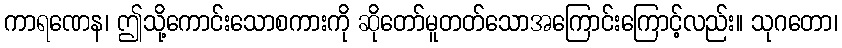
ကာရဏေန၊ ဤသို့ကောင်းသောစကားကို ဆိုတော်မူတတ်သောအကြောင်းကြောင့်လည်း။ သုဂတော၊